Report on vaccination in Madras 1904-1921 - 1904-1921
Year: 1904
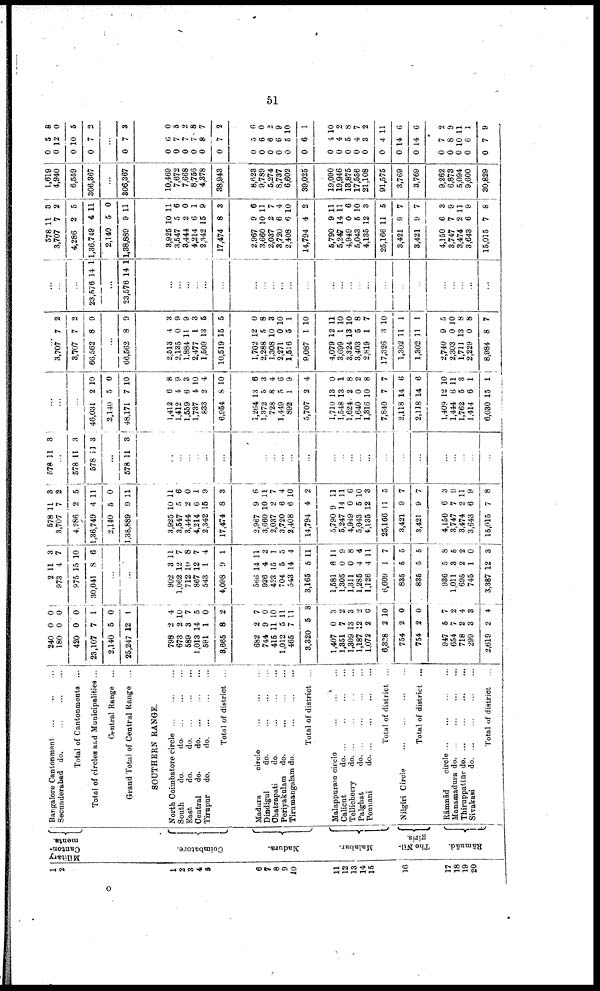
51
1
2
1
2
3
4
5
6
7
8
9
10
11
12
13
14
15
16
17
18
19
20
Military
Canton
ments.
Coimbatore.
Madura.
Malabar.
The Nil-
giris.
Rāmnād.
Bangalore Cantonment
...
...
...
Secunderabad do.
...
...
...
Total of Cantonments ...
Total of circles and Municipalities ...
Central Range ...
Grand Total of Central Range ...
SOUTHERN RANGE.
North Coimbatore circle
...
...
...
South
do.
do. ... ... ...
East
do.
d
o
. ... ... ...
Central
do.
d
o
. ... ... ...
Tirupur
do.
d
o
. ... ... ...
Total of district ...
Madura
circle
...
...
...
Dindigul
do.
...
...
...
Chatrapati
do.
...
...
...
Periyakulam do.
...
...
...
Tirumangalam do.
...
...
...
Total of district ...
Malappuram circle
...
...
...
Calicut
do.
...
...
...
...
Tellicherry
d
o
. ... ... ... ...
Palghat
d
o
. ... ... ... ...
Ponnani
d
o
. ... ... ...
Total of district ...
Nilgiri Circle
...
...
...
...
Total of district ...
Rāmnād
circle
...
...
...
...
Manamadura d
o
. ... ... ... ...
Thiruppattūr d
o
. ... ... ... ...
Sivakasi
d
o
. ... ... ... ...
Total of district ...
240
180
420
23,107
2,140
25,247
0
0
0
7
5
12
0
0
0
1
0
1
798
673
589
1,013
591
3,665
682
744
415
1,012
465
3,320
1,407
1,351
1,309
1,187
1,072
6,328
754
754
947
654
718
299
2,619
2
2
3
14
1
8
2
9
11
5
7
5
0
7
13
12
2
2
2
2
5
7
2
3
2
4
10
7
5
0
2
7
0
10
11
11
3
3
2
3
2
0
10
0
0
7
2
4
3
4
2
973
975
30,041
11
4
15
8
3
7
10
6
...
...
902
1,062
712
867
543
4,098
566
926
423
704
543
3,165
1,581
1,305
1,311
1,285
1,126
6,609
835
835
936
1,011
695
745
3,387
3
12
10
12
1
9
14
4
15
5
14
5
6
0
0
4
4
1
5
5
5
3
2
1
12
11
7
8
7
4
1
11
2
1
5
4
11
11
9
8
4
11
7
5
5
8
6
2
0
3
578
3,707
4,286
1,36,749
2,140
1,38,889
11
7
2
4
5
9
3
2
5
11
0
11
3,925
3,547
3,444
4,214
2,342
17,474
2,967
3,660
2,037
3,720
2,408
14,794
5,790
5,247
4,949
5,043
4,135
25,166
3,421
3,421
4,150
3,747
3,474
3,643
15,015
10
5
2
6
15
8
9
10
2
6
6
4
9
14
0
5
12
11
9
9
6
7
9
6
7
11
6
0
1
9
3
6
11
7
4
10
2
11
11
6
10
3
5
7
7
3
9
11
9
8
578 11 3
...
578
578
11
11
3
3
...
578 11 3
...
...
...
...
...
...
...
...
...
...
...
...
...
...
...
...
...
...
...
...
...
...
...
...
...
...
...
...
46,031
2,140
48,171
2
5
7
10
0
10
1,412
1,412
1,559
1,737
833
6,954
1,264
1,372
728
1,449
892
5,707
1,710
1,548
1,624
1,640
1,316
7,840
2,118
2,118
1,409
1,444
1,762
1,414
6,030
6
4
6
4
2
8
13
5
8
5
1
2
13
13
2
0
10
7
14
14
12
6
5
6
15
8
9
3
10
4
10
6
3
4
6
9
4
0
1
8
2
8
7
6
6
10
11
3
1
1
...
3,707
3,707
66,562
7
7
8
2
2
9
...
66,562 8 9
2,513
2,135
1,884
2,477
1,509
10,519
1,702
2,288
1,308
2,271
1,516
9,087
4,079
3,699
3,324
3,403
2,819
17,326
1,302
1,302
2,740
2,303
1,711
2,229
8,984
4
0
11
1
13
15
12
5
10
0
5
1
12
1
13
5
1
3
11
11
9
0
13
0
8
3
9
9
3
5
5
0
8
3
10
1
10
11
10
10
8
7
10
1
1
5
10
8
8
7
...
...
...
23,576 14 1
...
23,576 14 1
...
...
...
...
...
...
...
...
...
...
...
...
...
...
...
...
...
...
...
...
...
...
...
...
...
578
3,707
4,286
1,36,749
2,140
1,38,889
11
7
2
4
5
9
3
2
5
11
0
11
3,925
3,547
3,444
4,214
2,342
17,474
2,967
3,660
2,037
3,720
2,408
14,794
5,790
5,247
4,949
5,043
4,135
25,166
3,421
3,421
4,150
3,747
3,474
3,643
15,015
10
5
2
6
15
8
9
10
2
6
6
4
9
14
0
5
12
11
9
9
6
7
2
6
7
11
6
0
1
9
3
6
11
7
4
10
2
11
11
6
10
3
5
7
7
3
9
11
9
8
1,619
4,940
6,559
306,367
...
306,367
10,469
7,672
7,668
8,756
4,378
38,943
8,623
9,789
5,274
8,737
6,602
39,025
19,090
19,946
13,875
17,556
21,108
91,575
3,769
3,769
9,262
6,873
5,094
9,600
30,829
0
0
0
0
5
12
10
7
8
0
5
2
...
0 7 3
0
0
0
0
0
0
0
0
0
0
0
0
0
0
0
0
0
0
0
0
0
0
0
0
0
6
7
7
7
8
7
5
6
6
6
5
6
4
4
5
4
3
4
14
14
7
8
10
6
7
0
5
2
8
7
2
6
0
2
9
10
1
10
2
8
7
2
11
6
6
2
9
11
1
9
O